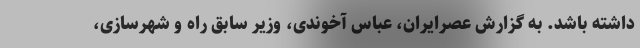
داشته باشد. به گزارش عصرایران، عباس آخوندی، وزیر سابق راه و شهرسازی،